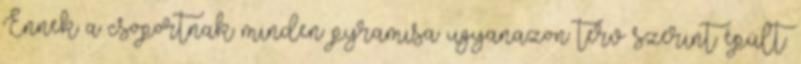
Ennek a csoportnak minden pyramisa ugyanazon terv szerint épült.